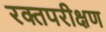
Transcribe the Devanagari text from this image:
रक्तपरीक्षण